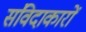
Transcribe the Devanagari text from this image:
संविदाकारों